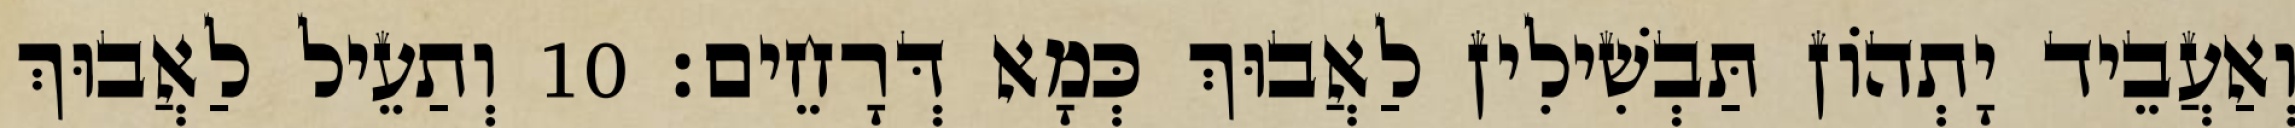
וְאַעֲבֵיד יָתְהוֹן תַּבְשִׁילִין לַאֲבוּךְ כְּמָא דְּרָחֵים׃ 10 וְתַעֵיל לַאֲבוּךְ